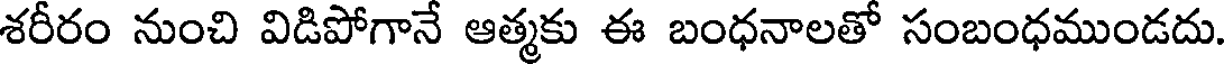
శరీరం నుంచి విడిపోగానే ఆత్మకు ఈ బంధనాలతో సంబంధముండదు.